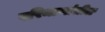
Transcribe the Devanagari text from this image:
परिमाणांतील